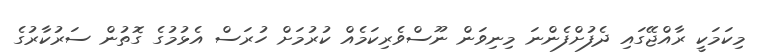
މިކަމަކީ ރާއްޖޭގައި ދެފުށްފެންނަ މިނިވަން ނޫސްވެރިކަމެއް ކުރުމަށް ހުރަސް އެޅުމުގެ ގޮތުން ސަރުކާރުގެ